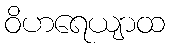
ဝိဟရေယျာထ